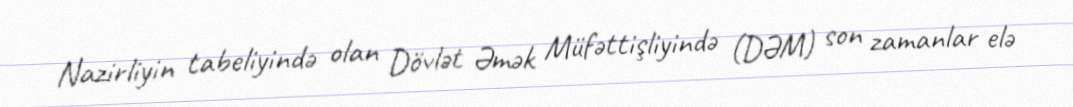
Nazirliyin tabeliyində olan Dövlət Əmək Müfəttişliyində (DƏM) son zamanlar elə